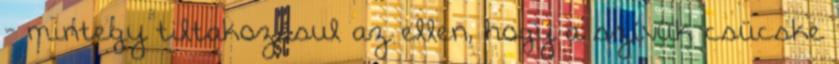
- mintegy tiltakozásul az ellen, hogy a szívük csücske